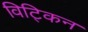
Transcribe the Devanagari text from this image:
विट्किन